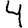
Digit: 4